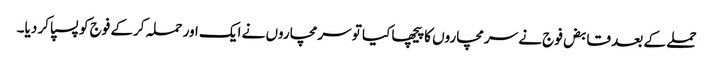
حملے کے بعد قابض فوج نے سرمچاروں کا پیچھا کیا تو سرمچاروں نے ایک اور حملہ کرکے فوج کو پسپا کر دیا۔